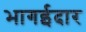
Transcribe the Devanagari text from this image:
भागईदार